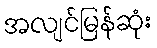
အလျင်မြန်ဆုံး